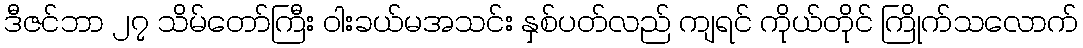
ဒီဇင်ဘာ ၂၇ သိမ်တော်ကြီး ဝါးခယ်မအသင်း နှစ်ပတ်လည် ကျရင် ကိုယ်တိုင် ကြိုက်သလောက်